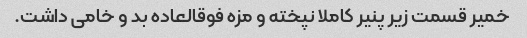
خمیر قسمت زیر پنیر کاملا نپخته و مزه فوقالعاده بد و خامی داشت.